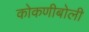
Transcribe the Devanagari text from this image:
कोकणीबोली